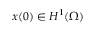
x ( 0 ) \in H ^ { 1 } ( \Omega )